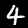
Digit: 4